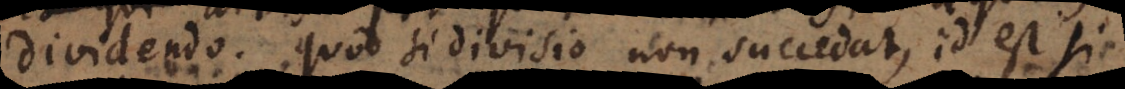
dividendo. Quod si divisio non succedat, id est si